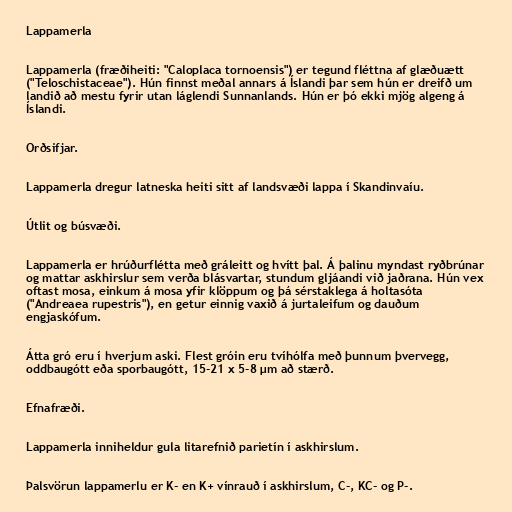
Lappamerla

Lappamerla (fræðiheiti: "Caloplaca tornoensis") er tegund fléttna af glæðuætt
("Teloschistaceae"). Hún finnst meðal annars á Íslandi þar sem hún er dreifð um
landið að mestu fyrir utan láglendi Sunnanlands. Hún er þó ekki mjög algeng á
Íslandi.

Orðsifjar.

Lappamerla dregur latneska heiti sitt af landsvæði lappa í Skandinvaíu.

Útlit og búsvæði.

Lappamerla er hrúðurflétta með gráleitt og hvítt þal. Á þalinu myndast ryðbrúnar
og mattar askhirslur sem verða blásvartar, stundum gljáandi við jaðrana. Hún vex
oftast mosa, einkum á mosa yfir klöppum og þá sérstaklega á holtasóta
("Andreaea rupestris"), en getur einnig vaxið á jurtaleifum og dauðum
engjaskófum.

Átta gró eru í hverjum aski. Flest gróin eru tvíhólfa með þunnum þvervegg,
oddbaugótt eða sporbaugótt, 15-21 x 5-8 µm að stærð.

Efnafræði.

Lappamerla inniheldur gula litarefnið parietín í askhirslum.

Þalsvörun lappamerlu er K- en K+ vínrauð í askhirslum, C-, KC- og P-.